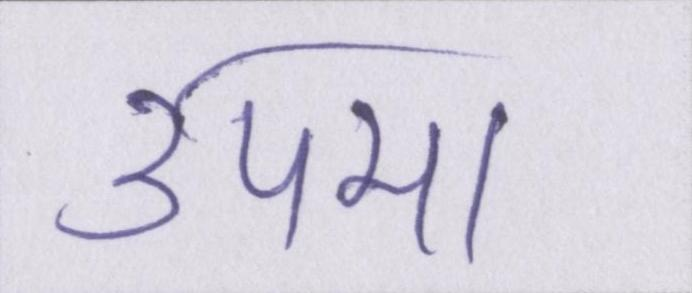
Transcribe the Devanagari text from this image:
उपमा